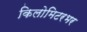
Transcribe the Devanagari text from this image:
किलोमिटरभर